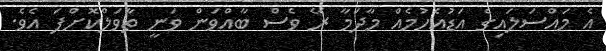
އެ މައްސަލައިގެ އަޑުއެހުމެއް މާދަމާ ރޭ ވެސް ބާއްވަން ވަނީ ތާވަލްކޮށްފަ އެވެ.